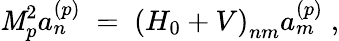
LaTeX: \mathit{M}_{p}^{2}a_{n}^{(p)}\; =\; \left(H_{0}+V\right)_{nm}a_{m}^{(p)}\; ,